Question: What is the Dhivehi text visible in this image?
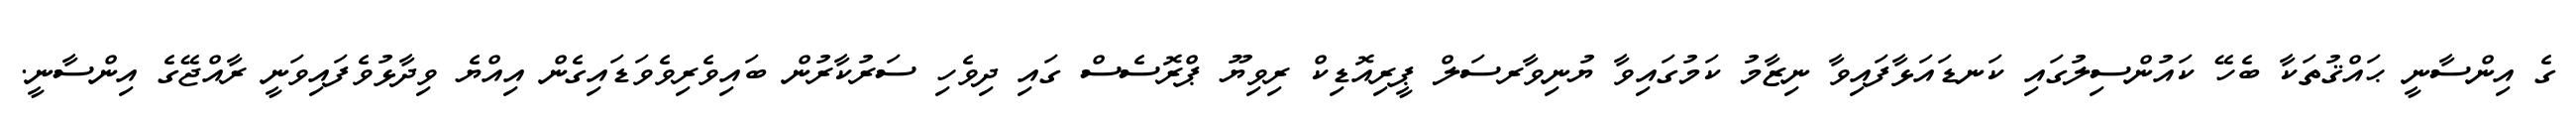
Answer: ގެ އިންސާނީ ޙައްޤުތަކާ ބެހޭ ކައުންސިލުގައި ކަނޑައަޅާފައިވާ ނިޒާމު ކަމުގައިވާ ޔުނިވާރސަލް ޕީރިއޮޑިކް ރިވިޔޫ ޕްރޮސެސް ގައި ދިވެހި ސަރުކާރުން ބައިވެރިވެވަޑައިގެން އިއްޔެ ވިދާޅުވެފައިވަނީ ރާއްޖޭގެ އިންސާނީ.